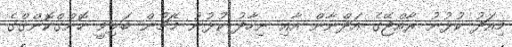
މިއަދު ކުޅުނު ރާއްޖޭގެ އަދްނާން އާއި ނިހާދު ކުޅުނު މެޗުން ބަލިވީ ހޮންގްކޮންގްގެ